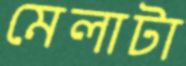
মেলাটা